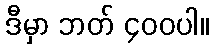
ဒီမှာ ဘတ် ၄၀၀ပါ။